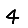
Digit: 4